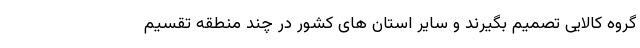
گروه کالایی تصمیم بگیرند و سایر استان های کشور در چند منطقه تقسیم